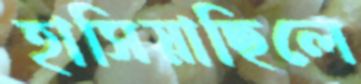
হাসিয়াছিলে